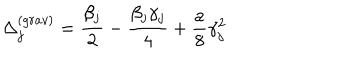
LaTeX: \Delta _ { j } ^ { ( g r a v ) } = \frac { \beta _ { j } } { 2 } - \frac { \beta _ { j } \gamma _ { j } } { 4 } + \frac { a } { 8 } \gamma _ { j } ^ { 2 }